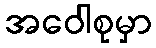
အဝေါစုမှာ